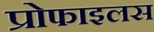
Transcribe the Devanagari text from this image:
प्रोफाइलस